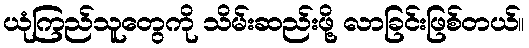
ယုံကြည်သူတွေကို သိမ်းဆည်းဖို့ လာခြင်းဖြစ်တယ်။